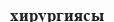
хирургиясы